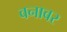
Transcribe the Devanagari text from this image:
वनावर